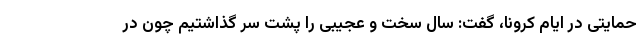
حمایتی در ایام کرونا، گفت: سال سخت و عجیبی را پشت سر گذاشتیم چون در